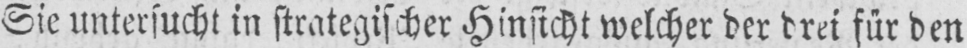
Sie untersucht in strategischer Hinsicht welcher der drei für den